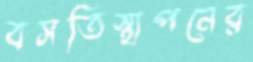
বসতিস্থাপনের